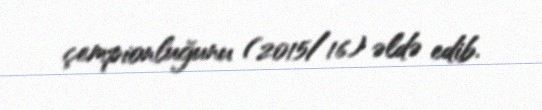
çempionluğunu (2015/16) əldə edib.